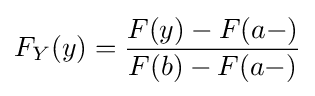
F_{Y}(y)={\frac {F(y)-F(a-)}{F(b)-F(a-)}}